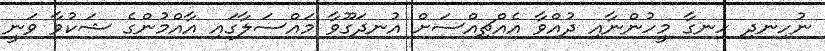
ނުހިނދި ހިނގާ މީހުންނާއި ދުއްވާ އެއްޗިއްސަށް އުނދަގޫވާ މައްސަލާގައި އާއްމުންގެ ޝަކުވާ ވަނީ